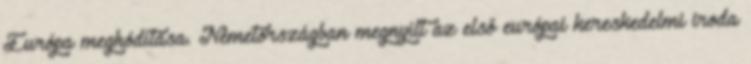
Európa meghódítása. Németországban megnyílt az első európai kereskedelmi iroda